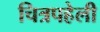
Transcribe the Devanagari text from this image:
चित्रपहेली